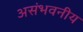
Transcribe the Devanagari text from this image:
असंभवनीय